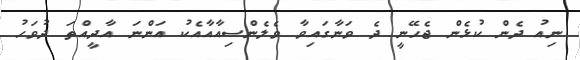
ނިއު ދެން ކުޅެން ޖެހޭނީ ދެ ވަނާގައިވާ ވެލެންސިއާއާއެކު އަންނަ އާދީއްތަ ދުވަހު